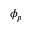
\phi _ { p }